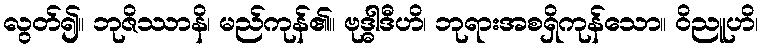
လွတ်၍။ ဘုဇိဿာနိ၊ မည်ကုန်၏။ ဗုဒ္ဓါဒီဟိ၊ ဘုရားအစရှိကုန်သော။ ဝိညူဟိ၊